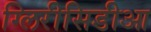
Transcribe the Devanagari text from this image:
ग्लिरीसिडीआ